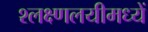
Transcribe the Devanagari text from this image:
श्लक्ष्णलयीमध्यें